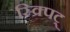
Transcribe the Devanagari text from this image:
स्क्र्पिट्